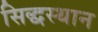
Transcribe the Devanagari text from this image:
सिद्धस्थान